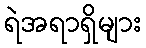
ရဲအရာရှိများ